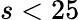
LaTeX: s<25